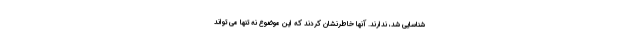
شناسایی شد، ندارند. آنها خاطرنشان کردند که این موضوع نه تنها می تواند